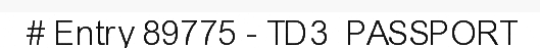
# Entry 89775 - TD3_PASSPORT